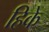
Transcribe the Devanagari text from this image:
हिके